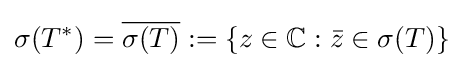
\sigma (T^{*})={\overline {\sigma (T)}}:=\{z\in \mathbb {C} :{\bar {z}}\in \sigma (T)\}